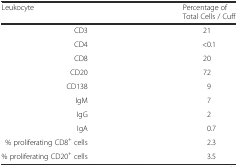
<table><thead><tr><td><b>Leukocyte</b></td><td><b>Percentage of Total Cells / Cuff</b></td></tr></thead><tbody><tr><td>CD3</td><td>21</td></tr><tr><td>CD4</td><td>&lt;0.1</td></tr><tr><td>CD8</td><td>20</td></tr><tr><td>CD20</td><td>72</td></tr><tr><td>CD138</td><td>9</td></tr><tr><td>IgM</td><td>7</td></tr><tr><td>IgG</td><td>2</td></tr><tr><td>IgA</td><td>0.7</td></tr><tr><td>% proliferating CD8<sup>+</sup> cells</td><td>2.3</td></tr><tr><td>% proliferating CD20<sup>+</sup> cells</td><td>3.5</td></tr></tbody></table>